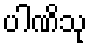
ပါဏိသု